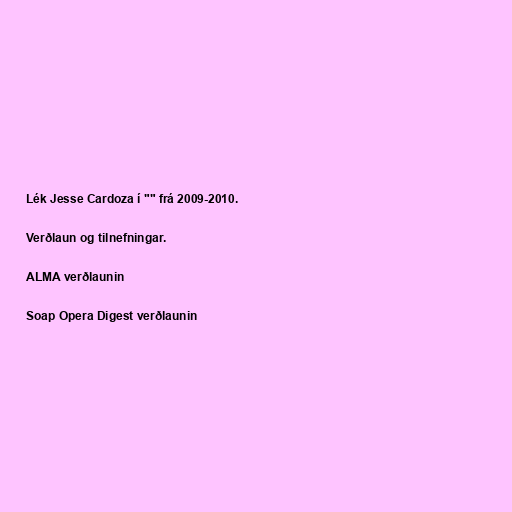
Lék Jesse Cardoza í "" frá 2009-2010.

Verðlaun og tilnefningar.

ALMA verðlaunin

Soap Opera Digest verðlaunin